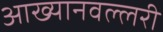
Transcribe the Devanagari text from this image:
आख्यानवल्लरी